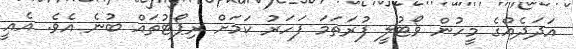
އަދަދެއްގެ މީހުން ވޯޓުލީ ފުރަތަމަ ފަހަރު ކަމަށް ރިޕޯޓުތައް ބުނެ އެވެ. އެއީ